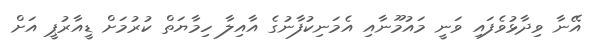
އޭނާ ވިދާޅުވެފައި ވަނީ މައުމޫނާއި އެމަނިކުފާނުގެ އާއިލާ ހިމާޔަތް ކުރުމަށް ޑީއާރުޕީ އަށް